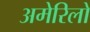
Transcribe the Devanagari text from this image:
अमेरिलो